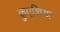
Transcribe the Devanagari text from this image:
क्रुएशिया